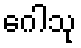
ဂေါသု